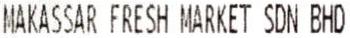
MAKASSAR FRESH MARKET SDN BHD